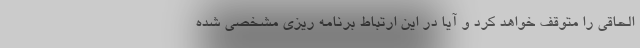
الحاقی را متوقف خواهد کرد و آیا در این ارتباط برنامه ریزی مشخصی شده